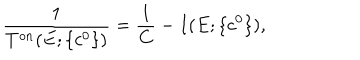
\displaystyle \frac { 1 } { T ^ { o n } ( E ; \{ c ^ { 0 } \} ) } = \displaystyle \frac { 1 } { C } - I ( E ; \{ c ^ { 0 } \} ) ,